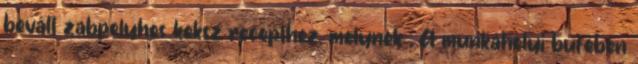
bevált zabpelyhes keksz recepthez, melynek . A munkahelyi büfében